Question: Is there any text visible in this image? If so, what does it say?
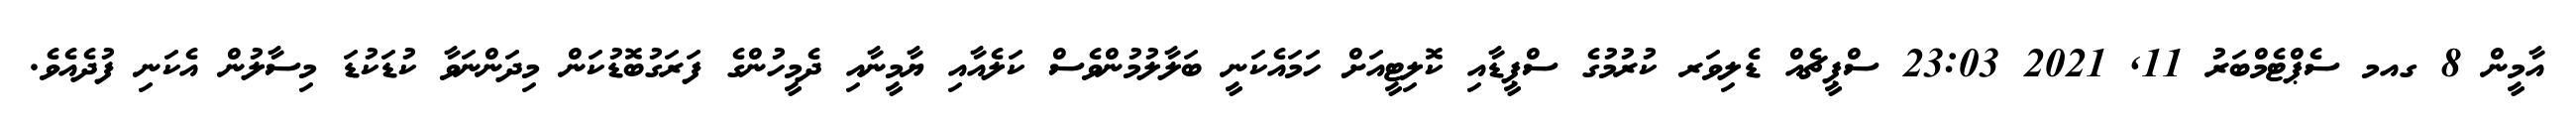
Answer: އާމީން 8 ގއމ ސެޕްޓެމްބަރު 11, 2021 23:03 ސްޕީޗެއް ޑެލިވަރ ކުރުމުގެ ސްޕީޑާއި ކޮލިޓީއަށް ހަމައެކަނީ ބަލާލުމުންވެސް ކަލެއާއި ޔާމީނާއި ދެމީހުންގެ ފަރަގުބޮޑުކަން މިދަންނަވާ ކުޑަކުޑަ މިސާލުން އެކަނި ފުދެއެވެ.